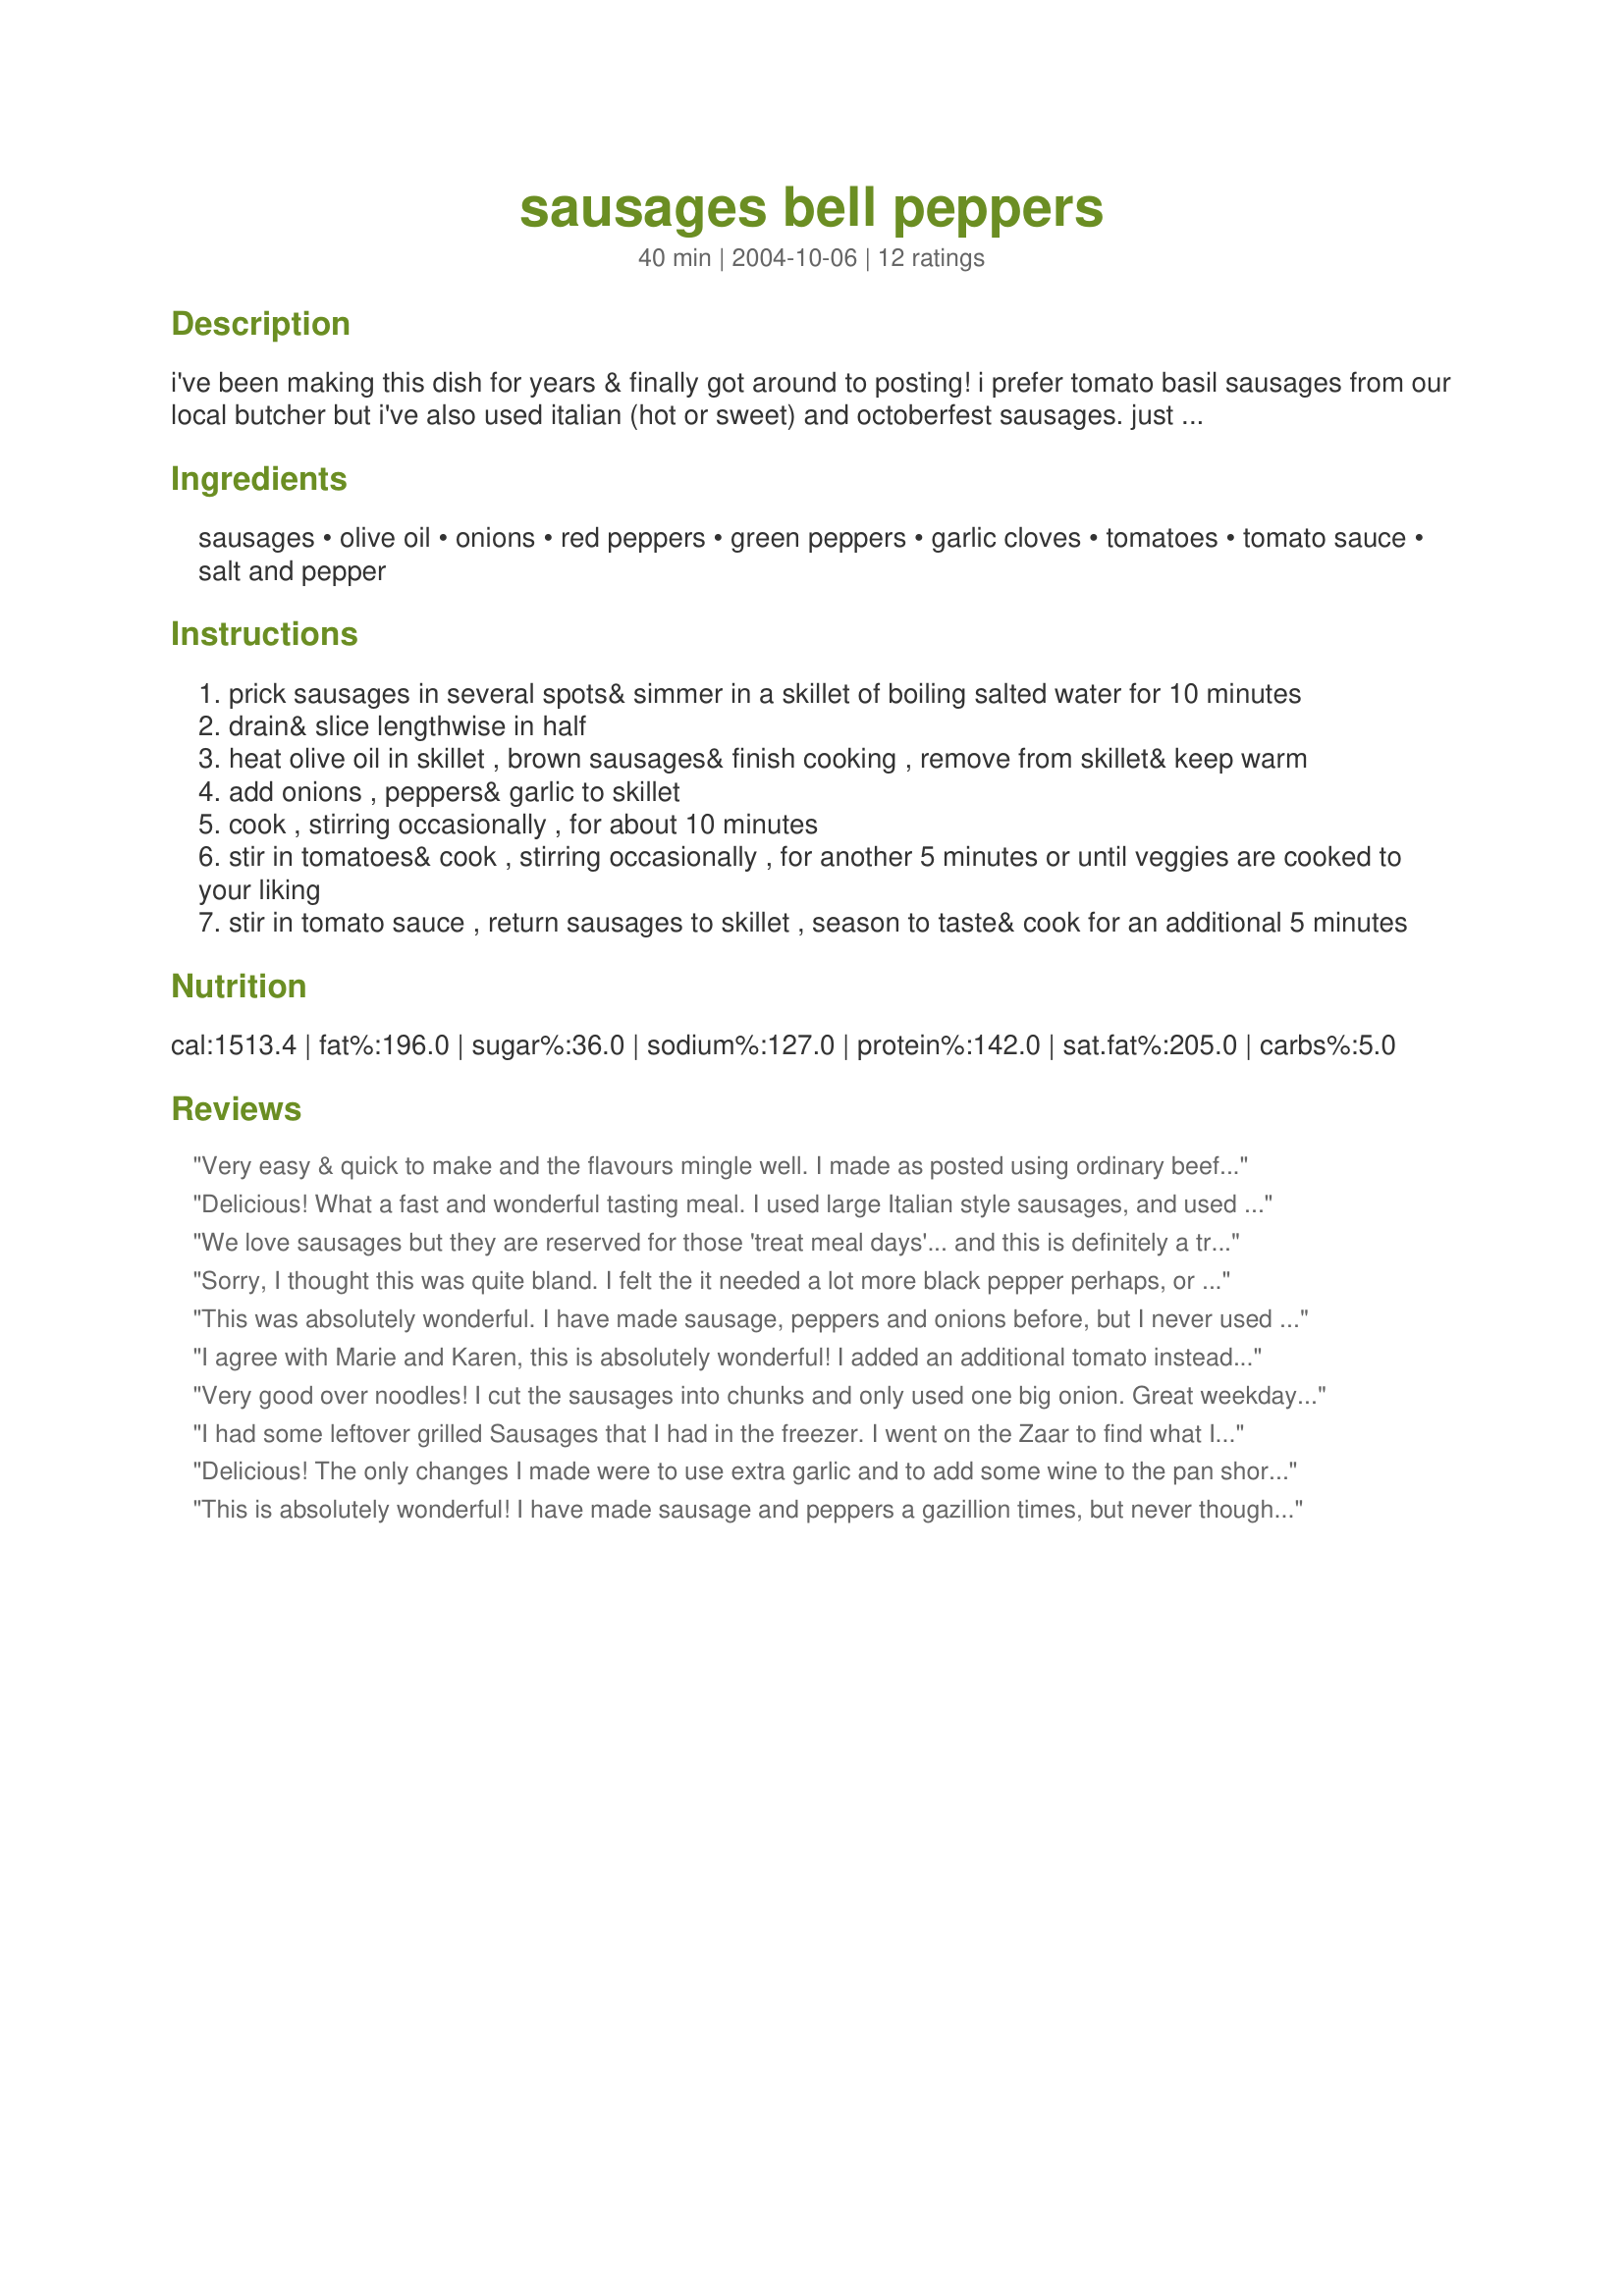
sausages bell peppers
Preparation time: 40 minutes

i've been making this dish for years & finally got around to posting! i prefer tomato basil sausages from our local butcher but i've also used italian (hot or sweet) and octoberfest sausages. just don't use those skinny little breakfast links. the "sauce" is delicious with plain steamed rice!

Ingredients:
sausages, olive oil, onions, red peppers, green peppers, garlic cloves, tomatoes, tomato sauce, salt and pepper

Steps:
prick sausages in several spots& simmer in a skillet of boiling salted water for 10 minutes
drain& slice lengthwise in half
heat olive oil in skillet , brown sausages& finish cooking , remove from skillet& keep warm
add onions , peppers& garlic to skillet
cook , stirring occasionally , for about 10 minutes
stir in tomatoes& cook , stirring occasionally , for another 5 minutes or until veggies are cooked to your liking
stir in tomato sauce , return sausages to skillet , season to taste& cook for an additional 5 minutes

Reviews:
Very easy & quick to make and the flavours mingle well. I made as posted using ordinary beef sausages. Thanks for posting a great 'keeper' :)
Delicious! What a fast and wonderful tasting meal. I used large Italian style sausages, and used 3 green and one red, I would have used two red, but just way too expensive for this time of year... otherwise made as directed. I served it with white rice, a side salad and rolls. It was enough for DH, DS and myself, but no leftovers around with my son LOL! Thank you for another wonderful recipe CL!....Kitten:)
We love sausages but they are reserved for those 'treat meal days'... and this is definitely a treat. Made this several times using sweet Italian sausages. What a wonderful combination, the onions, peppers and tomatoes so compliment the sausage. Having an abundance of home grown tomatoes I did toss in a couple extra tomatoes, other then that I followed the recipe ... wouldn't change a thing. This ones another keeper!
Sorry, I thought this was quite bland. I felt the it needed a lot more black pepper perhaps, or maybe you need to use the hot sausages to give it the extra flavour. I used really nice toulouse sausages, though, which I thought would be good with this, but was disappointed.
This was absolutely wonderful. I have made sausage, peppers and onions before, but I never used this method. The boiling and adding garlic & fresh tomatoes were new for me. We had it as is and also on Italian rolls and it's just fabulous. I will confess that I used a can of pizza sauce instead of tomato sauce(I only had giant cans of tomato sauce and didn't want to open one for such a small amount). Other than that, followed to a "T" and it was really delicious. The kids can't wait to have more tomorrow! ;)
I agree with Marie and Karen, this is absolutely wonderful! I added an additional tomato instead of the sauce as I divided the recipe in half for DH and I. My sausage was a green onion chicken sausage that I picked up at the butcher. The divided recipe still would feed 4. This is definately a keeper no matter how many it will feed!
Very good over noodles! I cut the sausages into chunks and only used one big onion. Great weekday meal- next time I might add some oregano or basil though. Thanks for sharing!
I had some leftover grilled Sausages that I had in the freezer. I went on the Zaar to find what I could make with them and this sounded good. WOW! It was incredable. I cut up the sausage into 1" bits & served the whole dish over rice. The only thing I would do different next time is use a Hot/Spicy Sausage to give it a bit of a kick. Thanks for the great recipe.
Delicious! The only changes I made were to use extra garlic and to add some wine to the pan shortly after adding in the tomatoes. I added the tomato sauce and put the sausages back in once the wine was almost completely evaporated. We had this with basmati rice. SO GOOD!
This is absolutely wonderful! I have made sausage and peppers a gazillion times, but never thought of adding tomatoes and sauce. Followed recipe exactly and it is perfect. Thanks so much for posting this keeper, CL.
Quick, tasty and easy. I used red bell peppers and green peppers that are known as "Italian" peppers around here. I also used local sausage, longaniza, and was too lazy to go and buy tomatoes so I used a bit more tomato sauce! I also cooked the sauce for quite a long time, as I don't like my cooked peppers in any way hard. The sauce would be lovely, as CountryLady said, by itself, or even with veggie sausages.
I was outside doing yard work when the aroma hit me. I came into the house and told my wife I don't know what you're cooking, but you better have enough for the rest of the neighborhood!
This is a terrific recipie. My wife used a 14oz can of diced tomatoes instead of the fresh ones. Thank you CountryLady!
